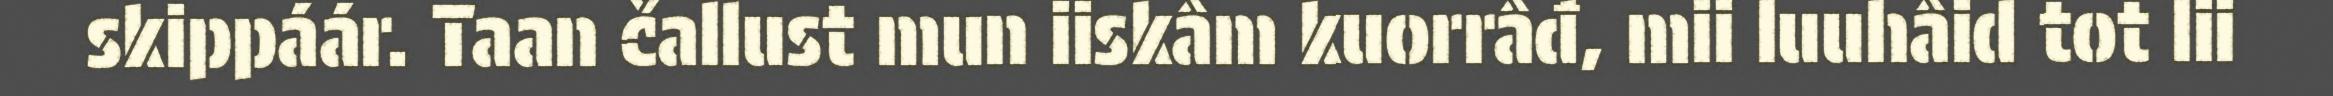
skippáár. Taan čallust mun iiskâm kuorrâđ, mii luuhâid tot lii